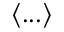
\langle . . . \rangle